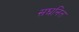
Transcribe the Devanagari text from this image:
सघनित